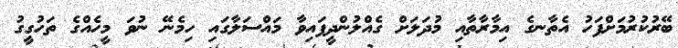
ބޭރުކުރުމަށްފަހު އެތާނގެ އިމާރާތާއި މުދަލަށް ގެއްލުންދީފައިވާ މައްސަލާގައި ހިމެނޭ ނުވަ މީހެއްގެ ތަހުގީގު